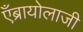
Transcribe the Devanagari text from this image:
एँब्रायोलाजी